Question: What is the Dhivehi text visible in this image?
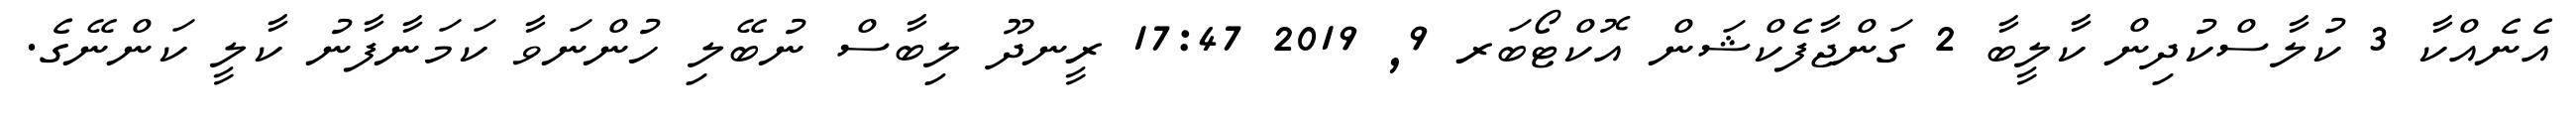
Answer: އެނެއްކާ 3 ކުލާސްކުދިން ކާލީބާ 2 ގަންޖާފެކްޝަން އޮކްޓޯބަރ 9, 2019 17:47 ރީނދޫ ލިބާސް ނުބޭލި ހުންނަވާ ކަމަނާފާނު ކާލީ ކަންނޭގެ.